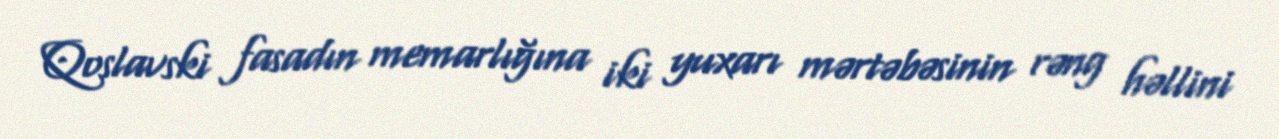
Qoslavski fasadın memarlığına iki yuxarı mərtəbəsinin rəng həllini